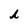
Character: h